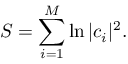
S = \sum _ { i = 1 } ^ { M } \ln | c _ { i } | ^ { 2 } .